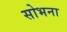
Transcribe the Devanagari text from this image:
सोभना